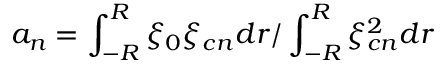
a _ { n } = \int _ { - R } ^ { R } \xi _ { 0 } \xi _ { c n } d r / \int _ { - R } ^ { R } \xi _ { c n } ^ { 2 } d r